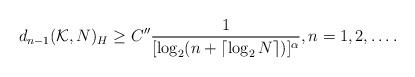
LaTeX: \begin{align*}d_{n-1}({\mathcal K},N)_H\geq C'' \frac{1}{[\log_2 (n+\lceil\log_2 N\rceil)]^\alpha},n=1,2,\ldots.\end{align*}